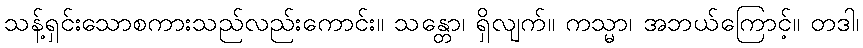
သန့်ရှင်းသောစကားသည်လည်းကောင်း။ သန္တော၊ ရှိလျက်။ ကသ္မာ၊ အဘယ်ကြောင့်။ တဒါ၊